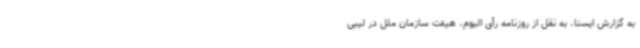
به گزارش ایسنا، به نقل از روزنامه رأی الیوم، هیئت سازمان ملل در لیبی